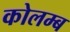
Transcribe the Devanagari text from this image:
कोलम्ब